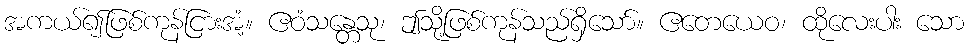
အကယ်၍ဖြစ်ကုန်ငြားအံ့။ ဧဝံသန္တေသု၊ ဤသို့ဖြစ်ကုန်သည်ရှိသော်။ ဧတေယေဝ၊ ထိုလေးပါး သော